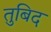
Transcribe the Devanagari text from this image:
तुबिद